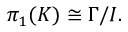
\pi _ { 1 } ( K ) \cong \Gamma / I .